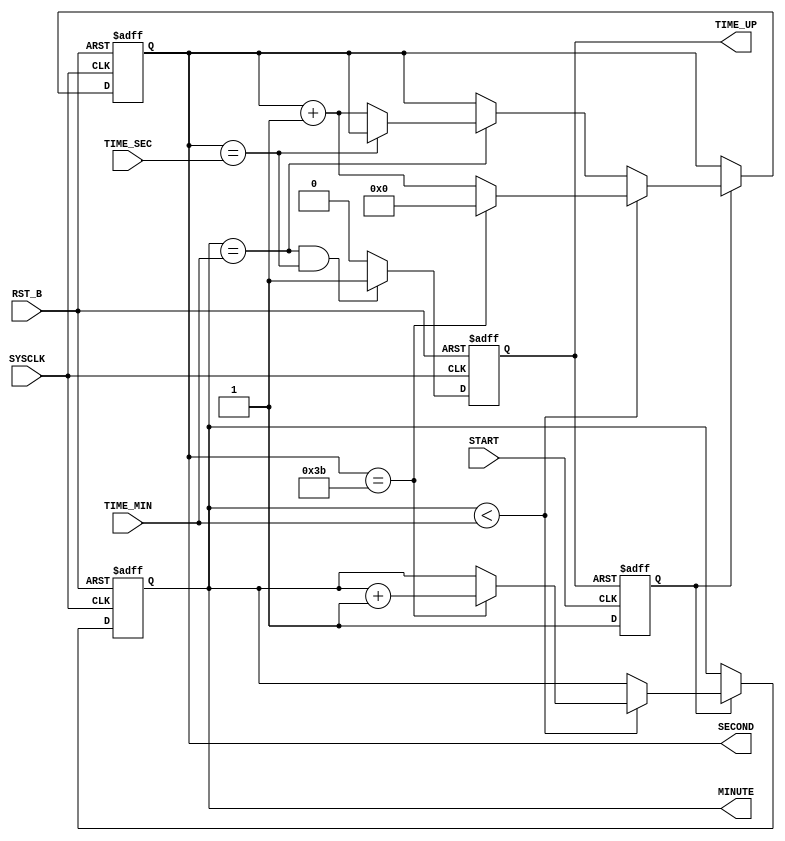
module TIMER_fjl (
		input SYSCLK,
		input RST_B,
		input [2:0] TIME_MIN,
		input [5:0] TIME_SEC,
		input START,
		output reg [2:0] MINUTE,
		output reg [5:0] SECOND,
		output reg TIME_UP	
		);
reg flag;

always@(posedge TIME_UP,posedge START)
begin
	if(TIME_UP)
		flag <= 0;
	else
		flag =1;
end
always@(posedge SYSCLK,negedge RST_B)
begin
	if(~RST_B)
	begin
		MINUTE <= 3'd0;
		SECOND <= 6'd0;
	end
	else 
	if(flag == 1)
		if(MINUTE < TIME_MIN)
		begin
			if(SECOND == 6'd59)
			begin
				MINUTE <= MINUTE+1'b1;
				SECOND <= 3'd0;
			end
			else
			begin
				SECOND <= SECOND+1'b1;
			end
		end
		else if(MINUTE == TIME_MIN)
			if(SECOND == TIME_SEC)
			begin
				MINUTE <= MINUTE;
				SECOND <= SECOND;
			end
			else
			begin
				SECOND <= SECOND+1'b1;
			end
		else
		begin
			MINUTE <= MINUTE;
			SECOND <= SECOND;
		end
	else
		begin
			MINUTE <= MINUTE;
			SECOND <= SECOND;
		end
end


always@(posedge SYSCLK,negedge RST_B)
begin
	if(~RST_B)
		TIME_UP <= 1'b0;
	else
		if(MINUTE == TIME_MIN && SECOND == TIME_SEC)
			TIME_UP <= 1'b1;
		else
			TIME_UP <= 1'b0;
end

endmodule